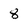
Character: 8